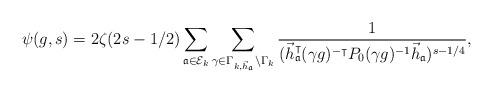
LaTeX: \begin{align*}\psi(g,s)=2\zeta(2s-1/2) \sum_{\mathfrak{a}\in \mathcal{E}_k} \sum_{\gamma\in \Gamma_{k,\vec{h}_\mathfrak{a}} \backslash \Gamma_k } \frac{1}{(\vec{h}_{\mathfrak{a}}^{\intercal}(\gamma g)^{-\intercal}P_0(\gamma g)^{-1}\vec{h}_{\mathfrak{a}})^{s-1/4}},\end{align*}